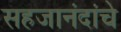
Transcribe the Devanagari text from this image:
सहजानंदांचे